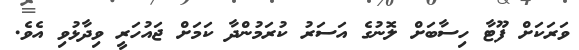
ވަރަކަށް ފޫޓާ ހިސާބަށް ލޮނުގެ އަސަރު ކުރަމުންދާ ކަމަށް ޖައުހަރީ ވިދާޅުވި އެވެ.